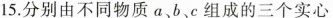
15.分别由不同物质a、b、c组成的三个实心